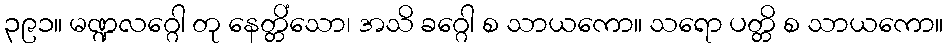
၃၉၁။ မဏ္ဍလဂ္ဂေါ တု နေတ္တိံသော၊ အသိ ခဂ္ဂေါ စ သာယကော။ သရော ပတ္တိ စ သာယကော။